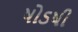
ષોડષી